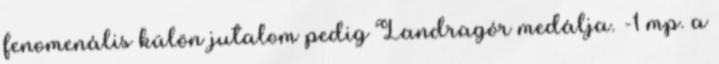
fenomenális külön jutalom pedig Landragór medálja. -1 mp. a